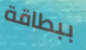
ببطاقة